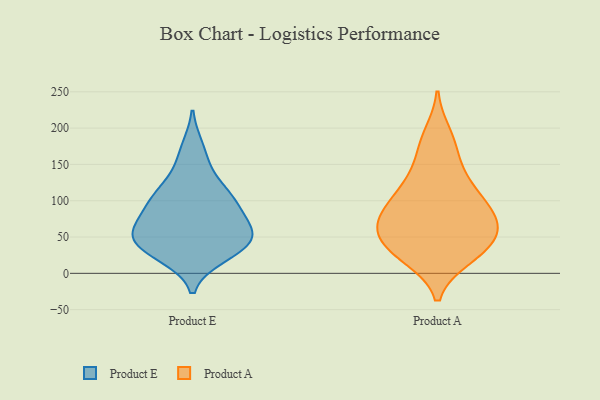
{"axis": {"x": "Website Visitors", "y": "Value"}, "legend": ["Product A", "Product E"], "data": [{"x": "", "y": 174, "type": "Product E"}, {"x": "", "y": 81, "type": "Product E"}, {"x": "", "y": 53, "type": "Product E"}, {"x": "", "y": 34, "type": "Product E"}, {"x": "", "y": 116, "type": "Product E"}, {"x": "", "y": 25, "type": "Product E"}, {"x": "", "y": 108, "type": "Product E"}, {"x": "", "y": 49, "type": "Product E"}, {"x": "", "y": 49, "type": "Product E"}, {"x": "", "y": 95, "type": "Product E"}, {"x": "", "y": 101, "type": "Product E"}, {"x": "", "y": 145, "type": "Product E"}, {"x": "", "y": 75, "type": "Product E"}, {"x": "", "y": 52, "type": "Product E"}, {"x": "", "y": 54, "type": "Product E"}, {"x": "", "y": 23, "type": "Product E"}, {"x": "", "y": 57, "type": "Product A"}, {"x": "", "y": 61, "type": "Product A"}, {"x": "", "y": 35, "type": "Product A"}, {"x": "", "y": 177, "type": "Product A"}, {"x": "", "y": 69, "type": "Product A"}, {"x": "", "y": 86, "type": "Product A"}, {"x": "", "y": 154, "type": "Product A"}, {"x": "", "y": 123, "type": "Product A"}, {"x": "", "y": 78, "type": "Product A"}, {"x": "", "y": 23, "type": "Product A"}, {"x": "", "y": 191, "type": "Product A"}, {"x": "", "y": 32, "type": "Product A"}, {"x": "", "y": 62, "type": "Product A"}, {"x": "", "y": 74, "type": "Product A"}, {"x": "", "y": 37, "type": "Product A"}, {"x": "", "y": 123, "type": "Product A"}, {"x": "", "y": 105, "type": "Product A"}, {"x": "", "y": 102, "type": "Product A"}, {"x": "", "y": 22, "type": "Product A"}]}